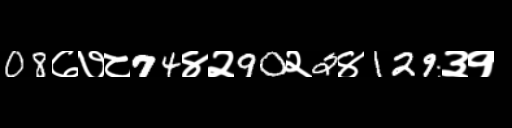
Text: 08७७८74४२90२2४129३१